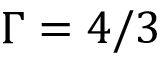
\Gamma = 4 / 3